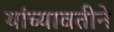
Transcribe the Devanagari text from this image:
यांच्यावतीने